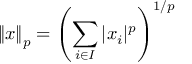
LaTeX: \left\| x \right\| _ { p } = \left( \sum _ { i \in I } | x _ { i } | ^ { p } \right) ^ { 1 / p }